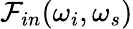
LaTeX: \mathcal{F}_{in}(\omega_{i},\omega_{s})